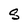
Character: S